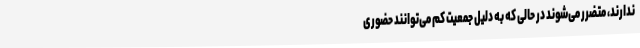
ندارند، متضرر می‌شوند در حالی که به دلیل جمعیت کم می‌توانند حضوری